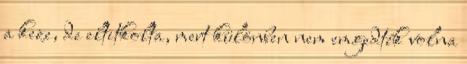
a keze, de eltitkolta, mert különben nem emgedték volna